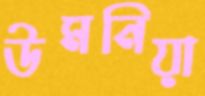
উমনিয়া